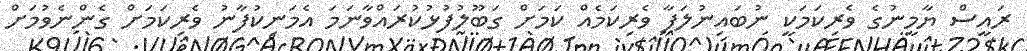
ރައީސް ޔާމީނުގެ ވެރިކަމަކީ ނުބައިނުލަފާ ވެރިކަމެއް ކަމަށް ގަބޫލުފުޅުކުރައްވާނަމަ އެމަނިކުފާނު ވެރިކަމަށް ގެންނެވުމަށް